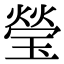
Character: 瑩